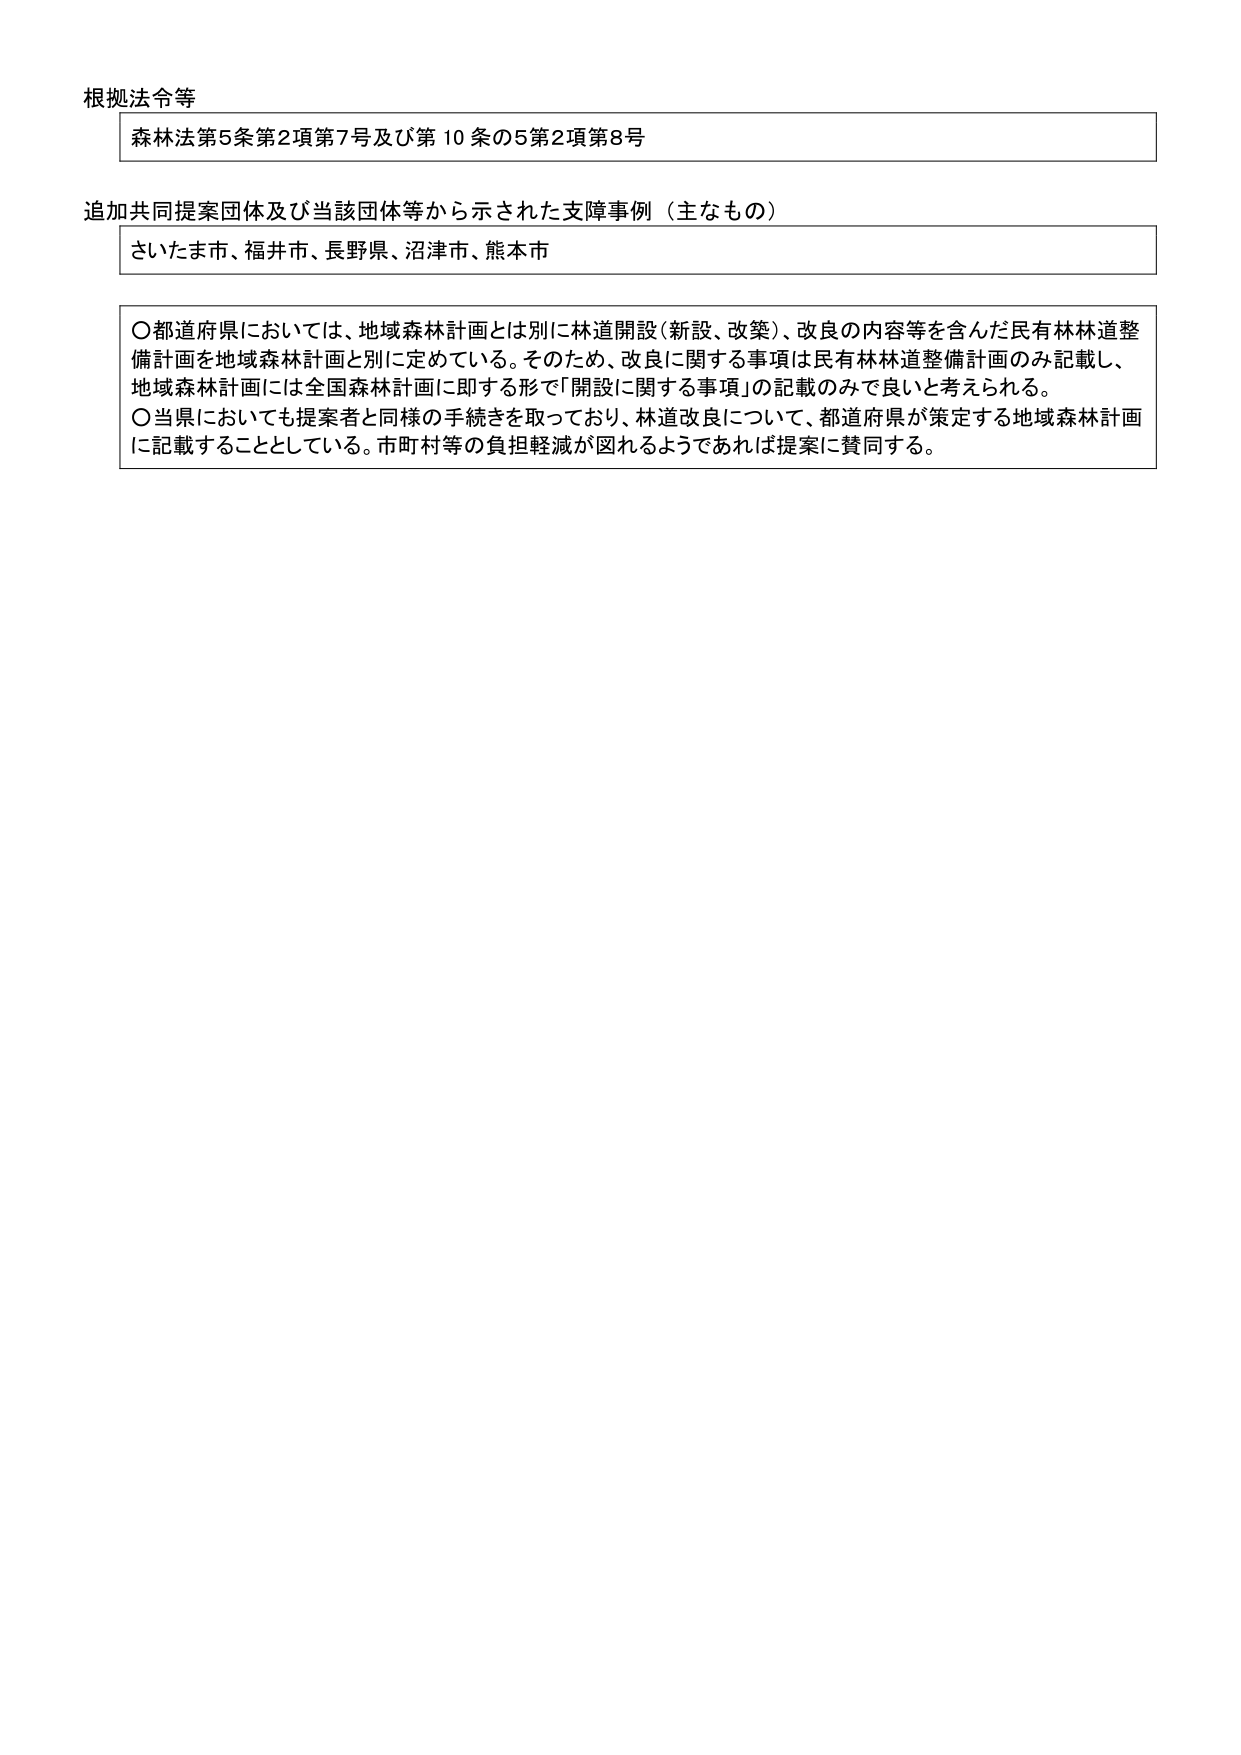
根拠法令等
森林法第5条第2項第7号及び第10条の5第2項第8号

追加共同提案団体及び当該団体等から示された支障事例（主なもの）
さいたま市、福井市、長野県、沼津市、熊本市

〇都道府県においては、地域森林計画とは別に林道開設（新設、改築）、改良の内容等を含んだ民有林林道整備計画を地域森林計画と別に定めている。そのため、改良に関する事項は民有林林道整備計画のみ記載し、地域森林計画には全国森林計画に即する形で「開設に関する事項」の記載のみで良いと考えられる。
〇当県においても提案者と同様の手続きを取っており、林道改良について、都道府県が策定する地域森林計画に記載することとしている。市町村等の負担軽減が図れるようであれば提案に賛同する。